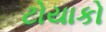
ટોયાકો